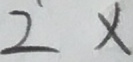
2 x